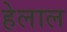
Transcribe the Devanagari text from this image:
हेलाल